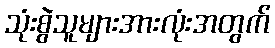
သုံးစွဲသူများအားလုံးအတွက်